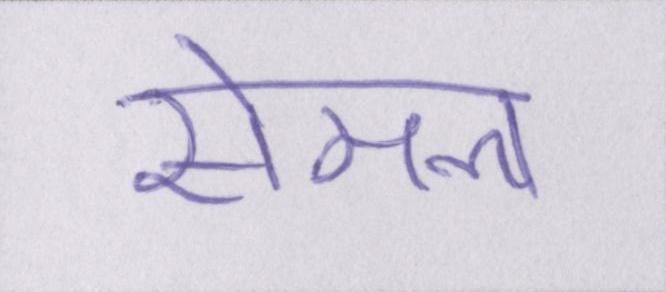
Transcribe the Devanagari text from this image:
सेमल